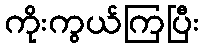
ကိုးကွယ်ကြပြီး